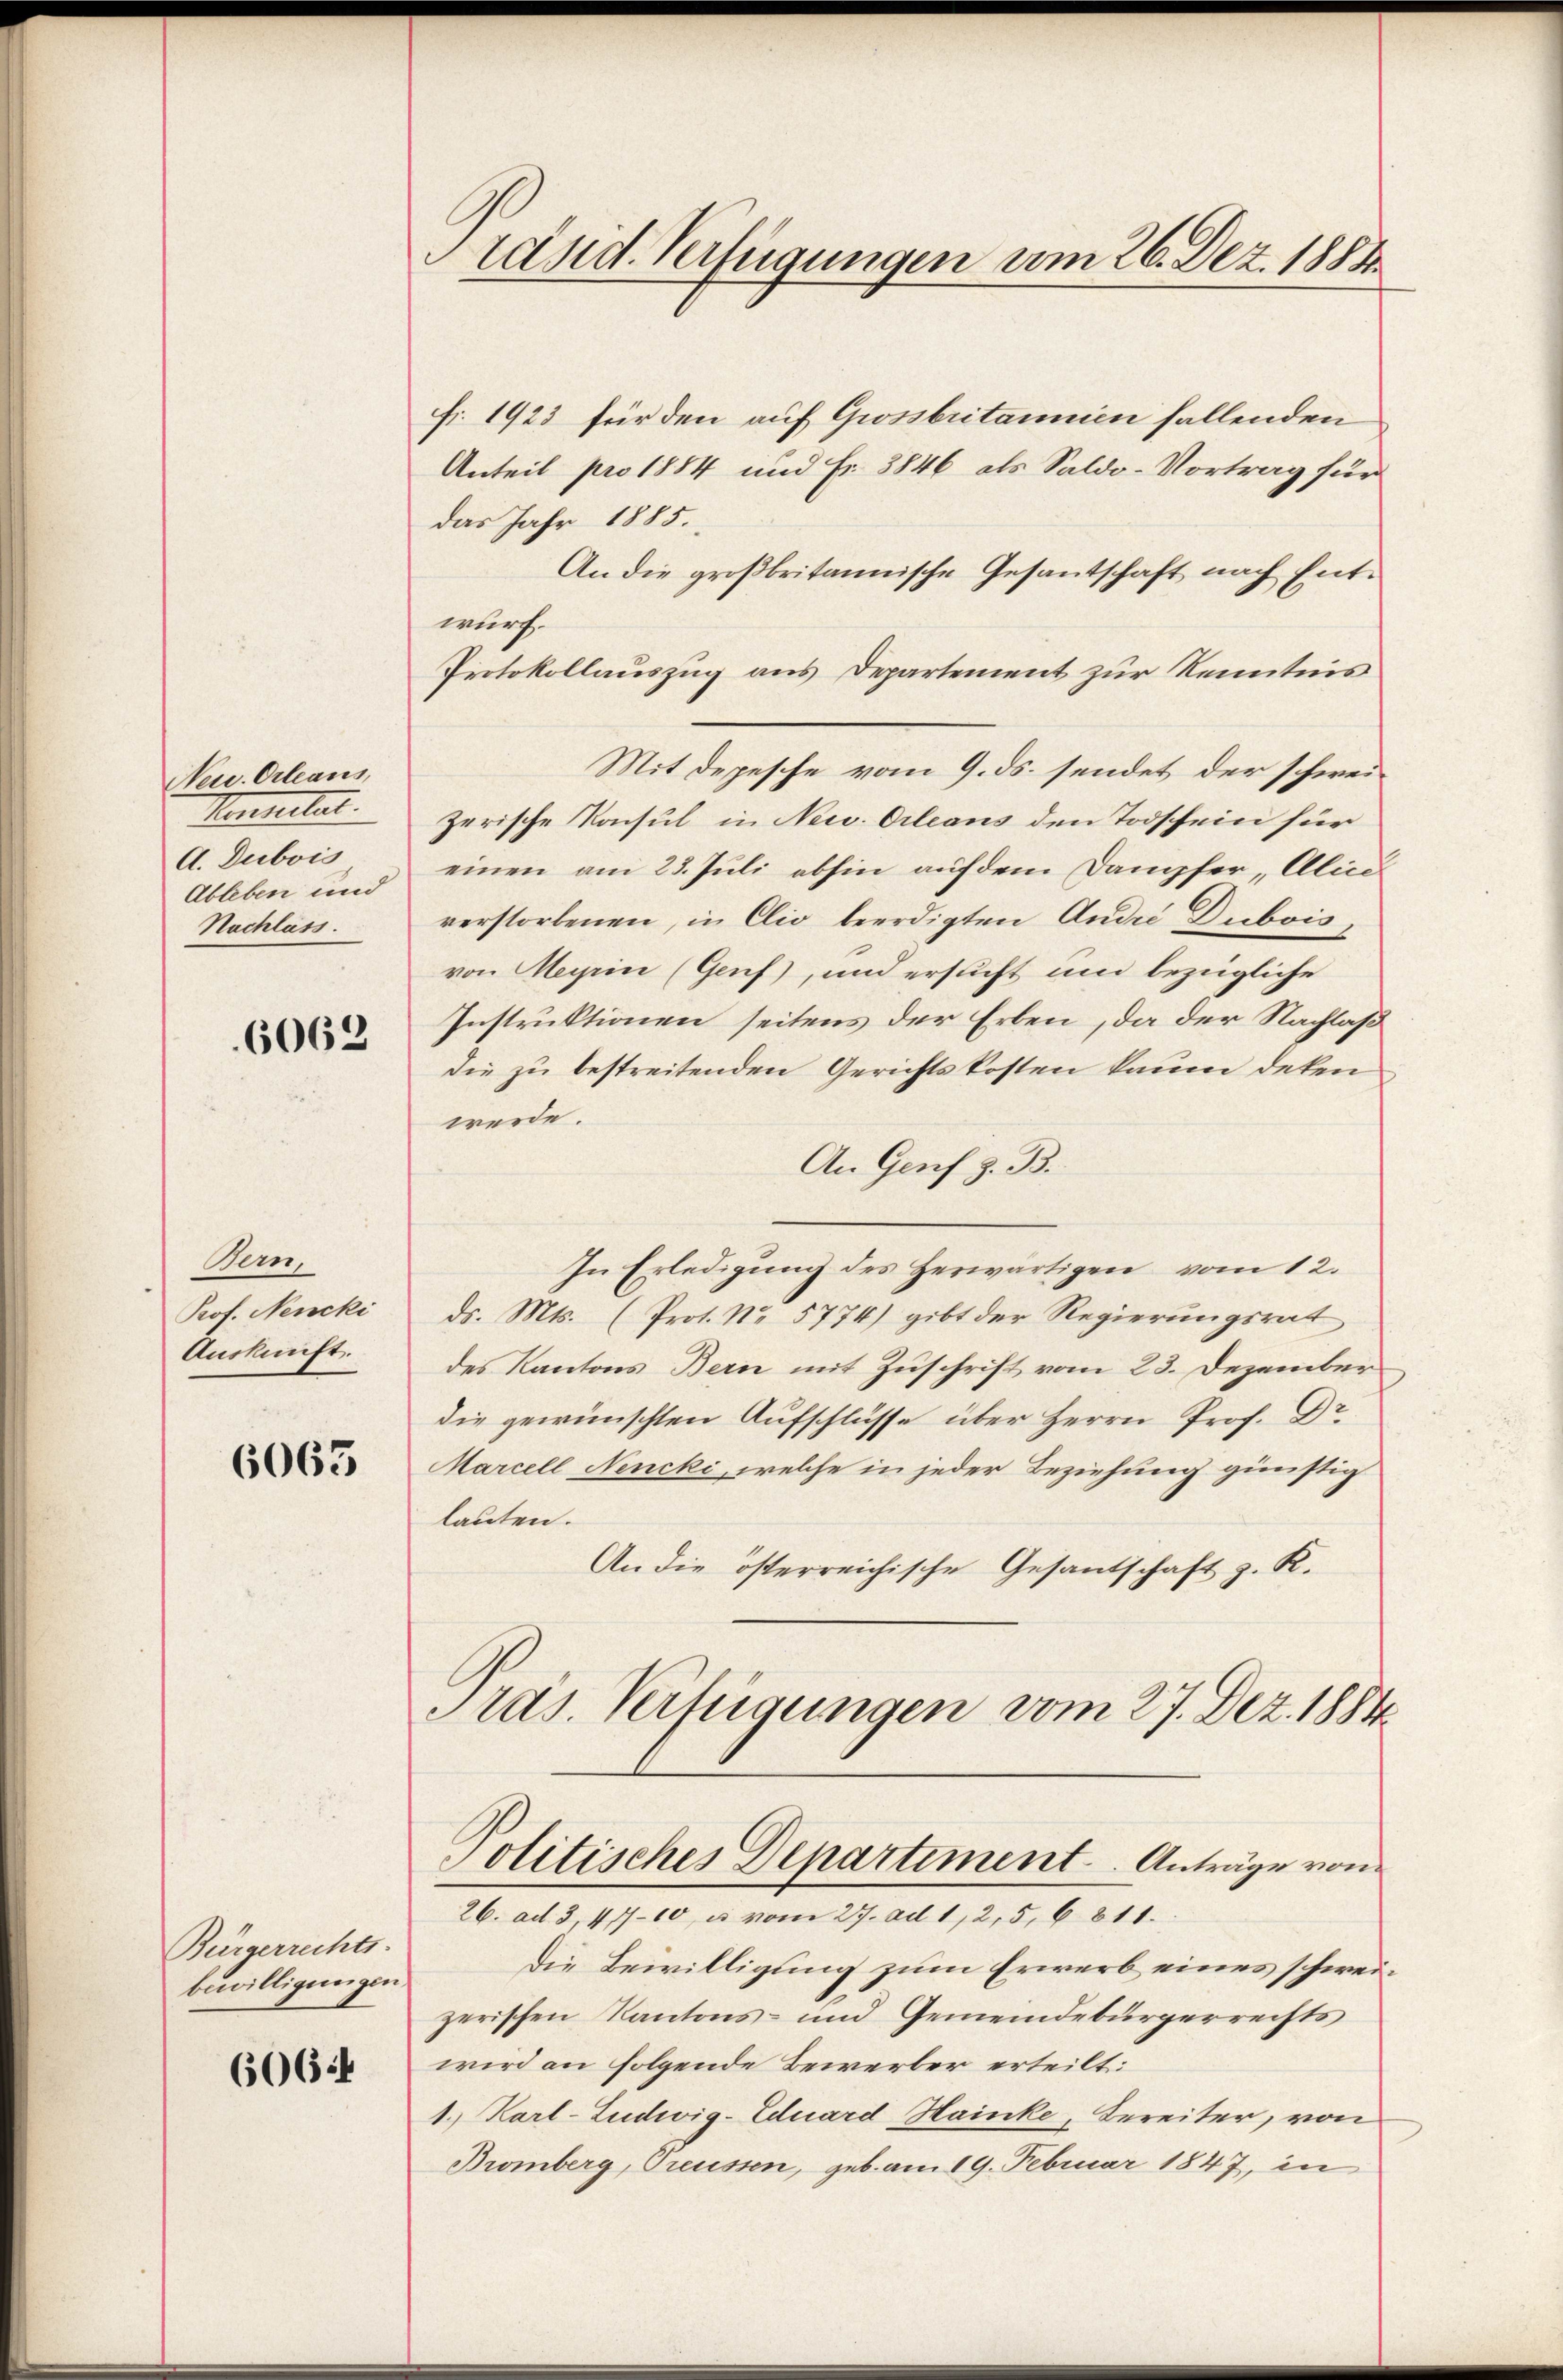
Neu Orleans,
Vennitat.
A. Dubois
Ableben und
Nachlass.

6062

Bern,
Prof. Nencki
Auskunft.

6063

Bürgerrechts-
bewilligungen

6064

Präsid. Verfügungen vom 26. Dez. 1884.

fr. 1923 für den auf Grossbritannien fallenden
Anteil pro 1884 und Fr. 3846 als Saldo-Vortrag für
das Jahr 1885.
An die großbritannische Gesantschaft nach Entwurf.
Protokollauszug aus Departement zur Kenntnis
Mit Depesche vom 9. ds. sendet der schweizerische Konsul in New. Orleans den Todschein für
einen am 23. Juli abhin auf dem Dampfer Alice
verstorbenen, in Clio beerdigten André Dubois,
von Meyrin (Genf), und ersucht und bezügliche
Instruktionen seitens der Erben, da der Nachlaß
die zu bestreitenden Gerichtskosten kaum deten
werde.
An Genf z. B.
In Erledigŭng des Herwärtigen vom 12.
ds. Mts. (Prot. No 5774) gibt der Regierungsrat
des Kantons Bern mit Zuschrift vom 23. Dezember
die gewünschten Aufschlüsse über Herrn Prof. Dr.
Marcell Nencki, welche in jeder Beziehung günstig
lauten.
An die österreichische Gesandschaft z. K.
Tras. Verfügungen vom 27. Dez. 1884
Politisches Departiment. Anträge von
26. ad 3, 417-10 u vom 27. ad 1,2,5,6811.
Die Bewilligung zum Erwerb eines schweizerischen Kantons- und Gemeindebürgerrechts
wird an folgende Bewerber erteilt:
1. Karl-Ludwig-Eduard Hainke, Bereiter, von
Bromberg, Treussen, geb. am 19. Februar 1847, in